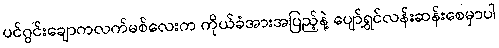
ပင်ဂွင်းချောကလက်မစ်လေးက ကိုယ်ခံအားအပြည့်နဲ့ ပျော်ရွှင်လန်းဆန်းစေမှာပါ